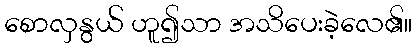
စောလှနွယ် ဟူ၍သာ အသိပေးခဲ့လေ၏။